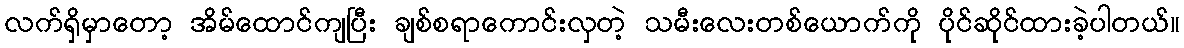
လက်ရှိမှာတော့ အိမ်ထောင်ကျပြီး ချစ်စရာကောင်းလှတဲ့ သမီးလေးတစ်ယောက်ကို ပိုင်ဆိုင်ထားခဲ့ပါတယ်။